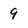
Character: 9